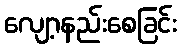
လျော့နည်းစေခြင်း